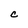
Character: C